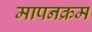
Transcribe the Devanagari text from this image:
मापनक्रम